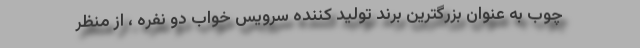
چوب به عنوان بزرگترین برند تولید کننده سرویس خواب دو نفره ، از منظر